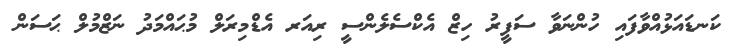
ކަނޑައަޅުއްވާފައި ހުންނަވާ ސަފީރު ހިޒް އެކްސެލެންސީ ރިއަރ އެޑްމިރަލް މުޙައްމަދު ނަޒްމުލް ޙަސަން